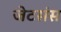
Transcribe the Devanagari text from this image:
जेटसंस